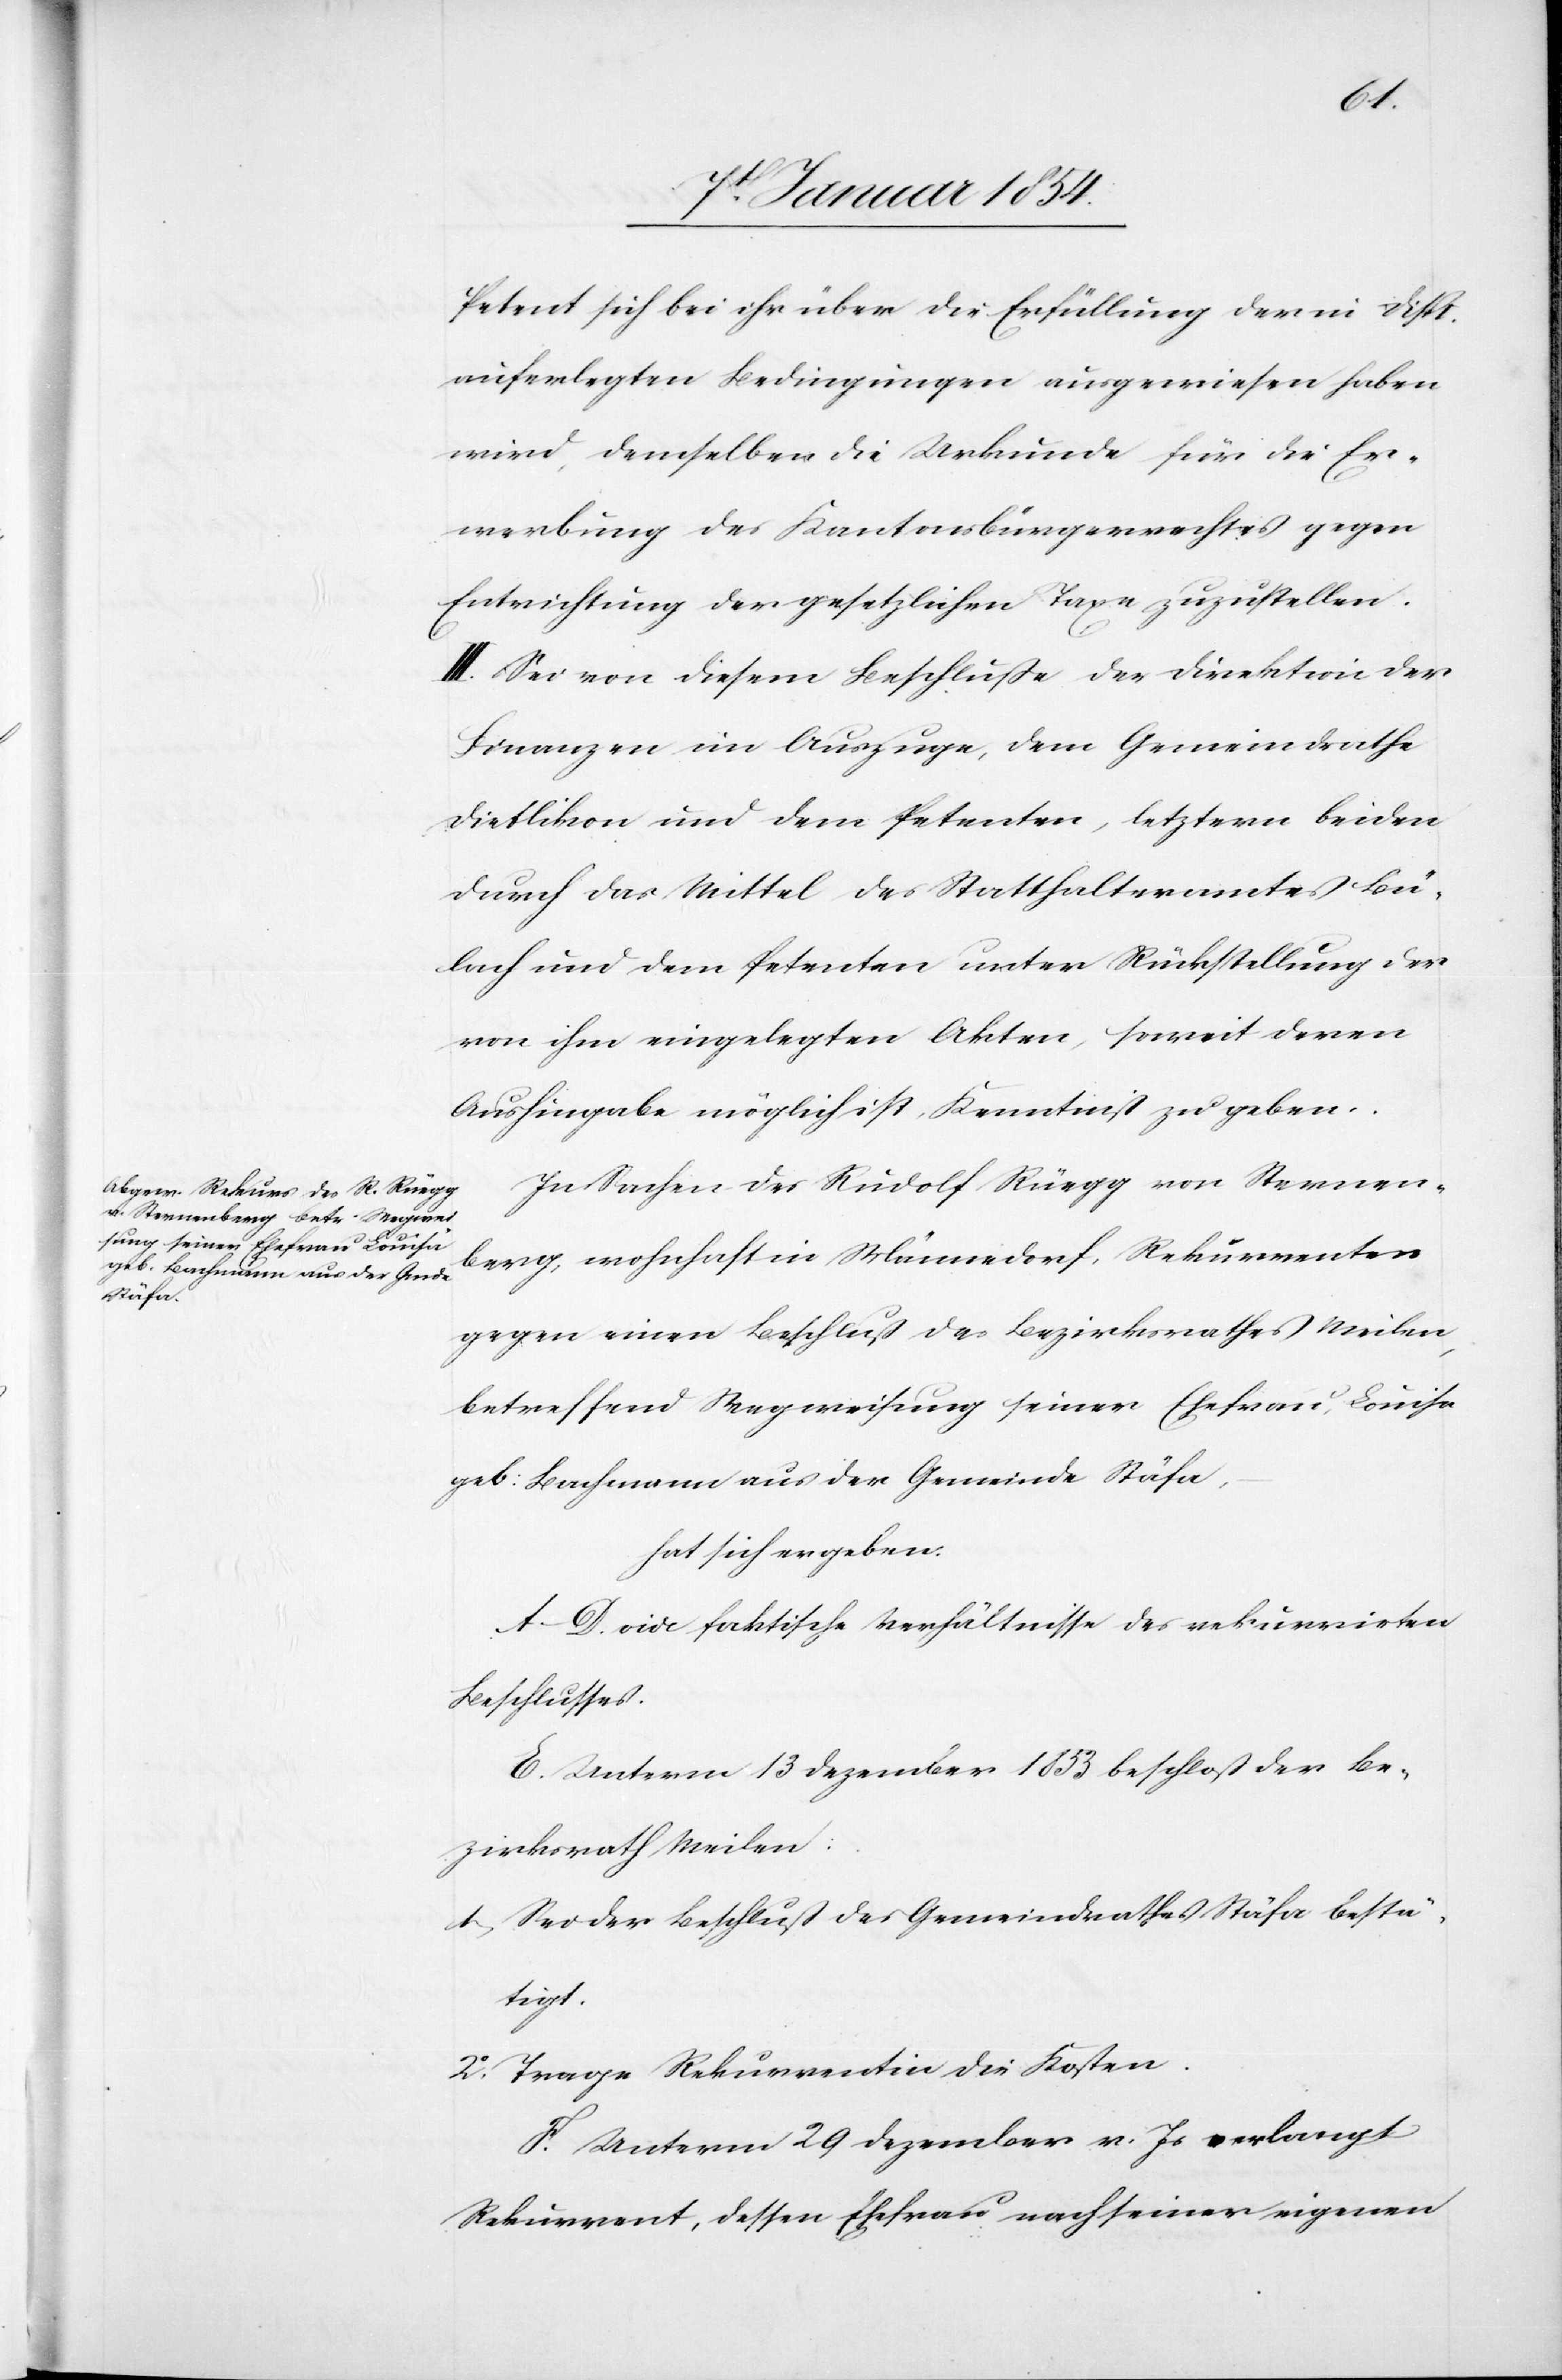
Petent sich bei ihr über die Erfüllung der in Disp.
auferlegten Bedingungen ausgewiesen haben
wird, demselben die Urkunde für die Er¬
werbung des Kantonsbürgerrechtes gegen
Entrichtung der gesetzlichen Taxe zuzustellen.
III. Sei von diesem Beschluße der Direktion der
Finanzen ein Auszuge, dem Gemeinderathe
Dietlikon und dem Petenten, letztern beiden
durch das Mittel des Statthalteramtes Bü¬
lach und dem Petenten unter Rückstellung der
von ihm eingelegten Akten, soweit deren
Aushingabe möglich ist, Kenntniß zu geben.
In Sachen des Rudolf Rüegg von Sternen¬
berg, wohnhaft in Männedorf, Rekurrenten
gegen einen Beschluß des Bezirksrathes Meilen,
betreffend Wegweisung seiner Ehefrau, Louisa
geb: Bachmann aus der Gemeinde Stäfa,
hat sich ergeben.
A–D. vide faktische Verhältnisse des rekurrirten
Beschlusses.
E. Unterm 13 Dezember 1853 beschloß der Be¬
zirksrath Meilen:
1. Sei der Beschluß des Gemeindrathes Stäfa bestä¬
tigt.
2.o Trage Rekurrentin die Kosten.
F. Unterm 29 Dezember v. Js verlangt
Rekurrent, dessen Ehefrau nach seiner eigenen